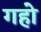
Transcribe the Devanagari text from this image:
गहो